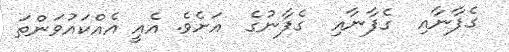
ގެފާނާއި  ގެފާނާއި  ގެފާނުގެ  އަށެވެ. އެއީ އެއްކައުވަންތަ